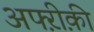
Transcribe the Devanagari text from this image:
अफ्ऱीक़ी